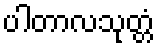
ပါတာလသုတ္တံ